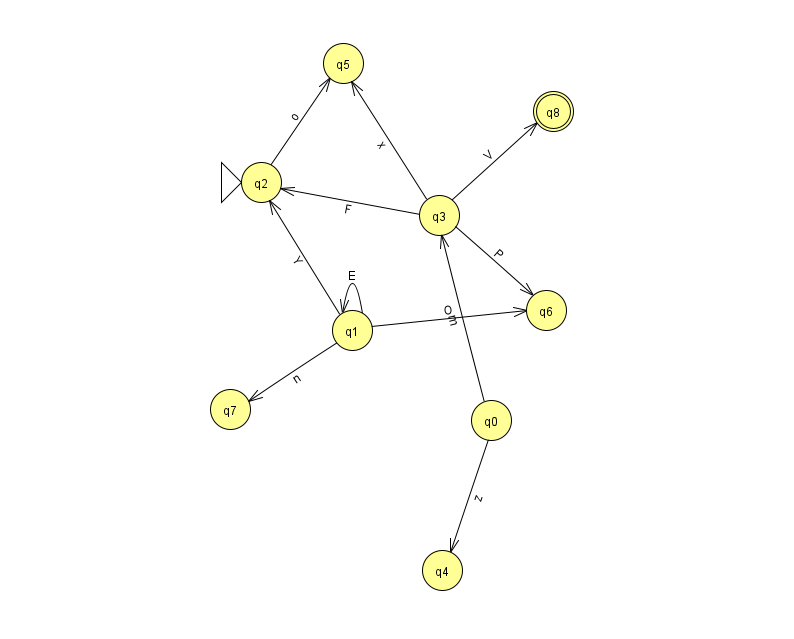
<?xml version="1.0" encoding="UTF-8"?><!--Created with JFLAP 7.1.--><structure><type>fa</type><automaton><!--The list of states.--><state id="0" name="q0"><x>491.0</x><y>407.0</y></state><state id="1" name="q1"><x>352.0</x><y>317.0</y></state><state id="2" name="q2"><x>261.0</x><y>169.0</y><initial/></state><state id="3" name="q3"><x>439.0</x><y>202.0</y></state><state id="4" name="q4"><x>442.0</x><y>557.0</y></state><state id="5" name="q5"><x>343.0</x><y>50.0</y></state><state id="6" name="q6"><x>546.0</x><y>297.0</y></state><state id="7" name="q7"><x>230.0</x><y>396.0</y></state><state id="8" name="q8"><x>553.0</x><y>98.0</y><final/></state><!--The list of transitions.--><transition><from>1</from><to>6</to><read>O</read></transition><transition><from>3</from><to>2</to><read>F</read></transition><transition><from>3</from><to>8</to><read>V</read></transition><transition><from>0</from><to>3</to><read>m</read></transition><transition><from>1</from><to>1</to><read>E</read></transition><transition><from>0</from><to>4</to><read>z</read></transition><transition><from>1</from><to>2</to><read>Y</read></transition><transition><from>1</from><to>7</to><read>n</read></transition><transition><from>3</from><to>6</to><read>P</read></transition><transition><from>2</from><to>5</to><read>o</read></transition><transition><from>3</from><to>5</to><read>x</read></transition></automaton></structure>